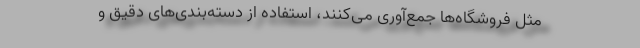
مثل فروشگاه‌ها جمع‌آوری می‌کنند، استفاده از دسته‌بندی‌های دقیق و